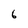
Character: 6